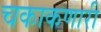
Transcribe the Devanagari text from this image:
चकाकणारी